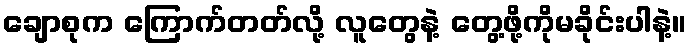
ချောစုက ကြောက်တတ်လို့ လူတွေနဲ့ တွေ့ဖို့ကိုမခိုင်းပါနဲ့။